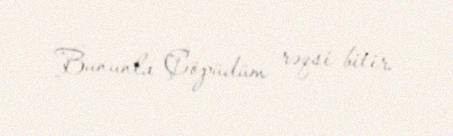
Bununla Çöpüdüm rəqsi bitir.